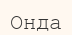
Онда